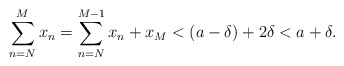
\begin{align*}\sum_{n=N}^{M} x_n = \sum_{n=N}^{M-1} x_n + x_M < (a-\delta) + 2 \delta <a+\delta. \end{align*}